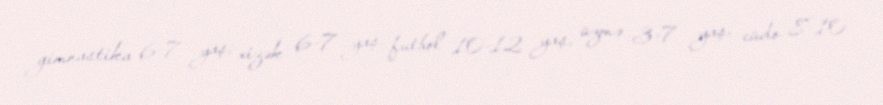
gimnastika 6-7 yaş, xizək 6-7 yaş, futbol 10-12 yaş, üzmə 3-7 yaş, cüdo 8-10